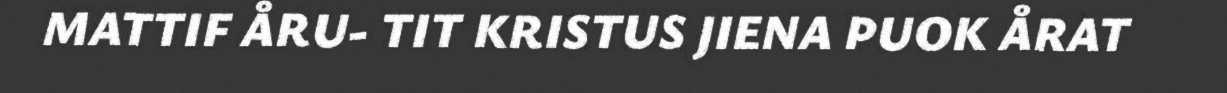
MATTIF ÅRU- TIT KRISTUS JIENA PUOK ÅRAT